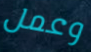
وعمل